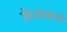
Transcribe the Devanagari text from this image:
फ़ैज़ाबादी